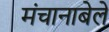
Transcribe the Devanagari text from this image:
मंचानाबेले